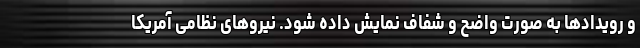
و رویدادها به صورت واضح و شفاف نمایش داده شود. نیروهای نظامی آمریکا